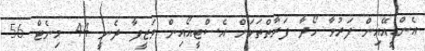
އެންޑީއޭއިން ފަރުވާ ހޯދާ ފަރާތްތަކަށް އެސްޓީއޯއިން ވަޒީފާ ދެނީ 44 މިނެޓް 56